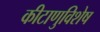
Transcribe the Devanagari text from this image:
कीटाणुविशेष